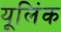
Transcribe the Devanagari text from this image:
यूलिंक